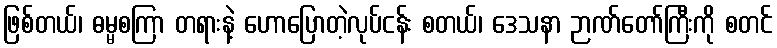
ဖြစ်တယ်၊ ဓမ္မစကြာ တရားနဲ့ ဟောပြောတဲ့လုပ်ငန်း စတယ်၊ ဒေသနာ ဉာဏ်တော်ကြီးကို စတင်